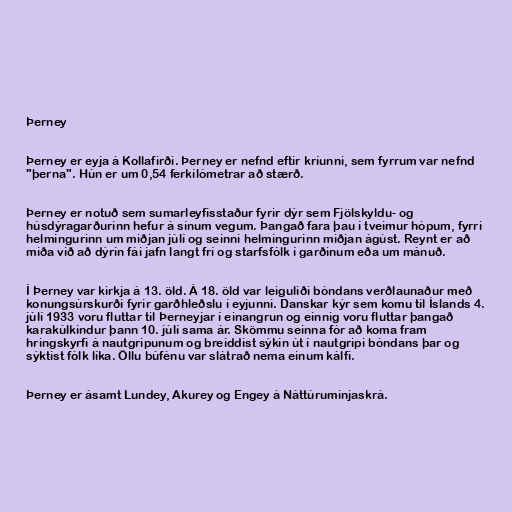
Þerney

Þerney er eyja á Kollafirði. Þerney er nefnd eftir kríunni, sem fyrrum var nefnd
"þerna". Hún er um 0,54 ferkílómetrar að stærð.

Þerney er notuð sem sumarleyfisstaður fyrir dýr sem Fjölskyldu- og
húsdýragarðurinn hefur á sínum vegum. Þangað fara þau í tveimur hópum, fyrri
helmingurinn um miðjan júlí og seinni helmingurinn miðjan ágúst. Reynt er að
miða við að dýrin fái jafn langt frí og starfsfólk í garðinum eða um mánuð.

Í Þerney var kirkja á 13. öld. Á 18. öld var leiguliði bóndans verðlaunaður með
konungsúrskurði fyrir garðhleðslu í eyjunni. Danskar kýr sem komu til Íslands 4.
júlí 1933 voru fluttar til Þerneyjar í einangrun og einnig voru fluttar þangað
karakúlkindur þann 10. júlí sama ár. Skömmu seinna fór að koma fram
hringskyrfi á nautgripunum og breiddist sýkin út í nautgripi bóndans þar og
sýktist fólk líka. Öllu búfénu var slátrað nema einum kálfi.

Þerney er ásamt Lundey, Akurey og Engey á Náttúruminjaskrá.